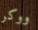
ووكر